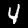
Label: 4